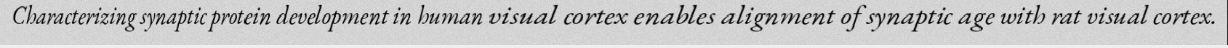
Characterizing synaptic protein development in human visual cortex enables alignment of synaptic age with rat visual cortex.